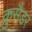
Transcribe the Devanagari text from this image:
क्रुसैडर